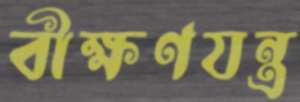
বীক্ষণযন্ত্র